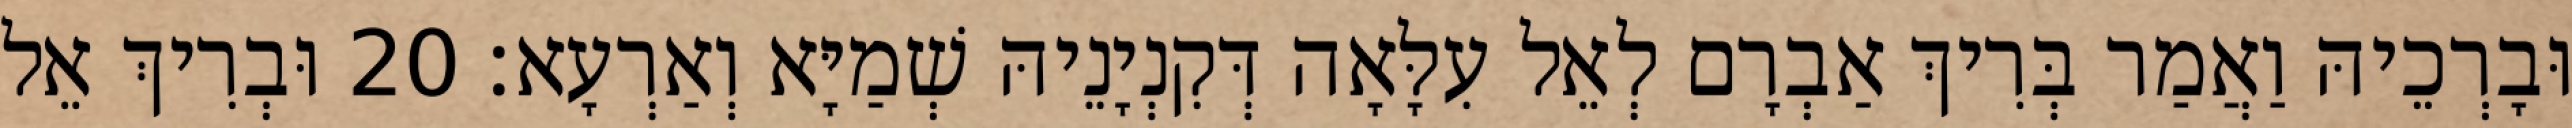
וּבָרְכֵיהּ וַאֲמַר בְּרִיךְ אַבְרָם לְאֵל עִלָּאָה דְּקִנְיָנֵיהּ שְׁמַיָּא וְאַרְעָא׃ 20 וּבְרִיךְ אֵל